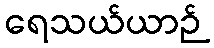
ရေသယ်ယာဉ်